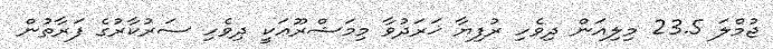
ޖުމްލަ 23.5 މިލިއަން ދިވެހި ރުފިޔާ ޚަރަދުވާ މިމަޝްރޫޢަކީ ދިވެހި ސަރުކާރުގެ ފަރާތުން